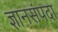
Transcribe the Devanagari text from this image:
ज्ञानसंपदा